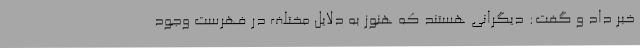
خبر داد و گفت: دیگرانی هستند که هنوز به دلایل مختلف در فهرست وجود